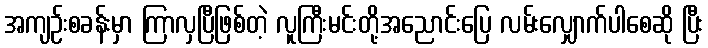
အကျဉ်းစခန်းမှာ ကြာလှပြီဖြစ်တဲ့ လူကြီးမင်းတို့အညောင်းပြေ လမ်းလျှောက်ပါစေဆို ပြီး